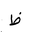
Letter: _za